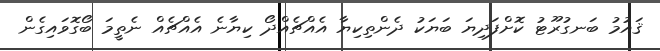
ޤައުމު ބަނގުރޫޓު ކޮށްފަދިޔަ ބަޔަކު ދެންތިކިޔާ އެއްޗެއްދޯ ކިޔާނެ އެއްޗެއް ނެތީމަ ބޯގޮވައިގެން